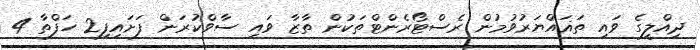
ދިއްލީގެ ވައި ތަޣައްޔަރުވުމުން ރެސްޓޯރެންޓްތަކުން ތާޒާ ވައި ސާވްކުރަން ފަށައިފި2 ހަފްތާ 4